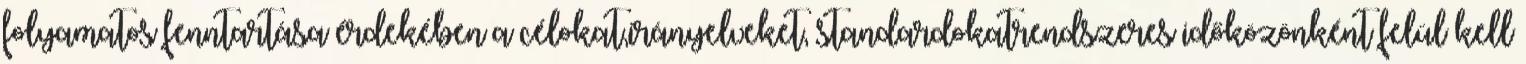
folyamatos fenntartása érdekében a célokat,irányelveket, standardokatrendszeres időközönként felül kell